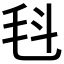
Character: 𣬯